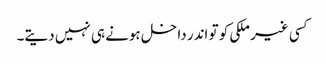
کسی غیر ملکی کو تو اندر داخل ہونے ہی نہیں دیتے۔